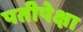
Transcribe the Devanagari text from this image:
पतीपेक्षा